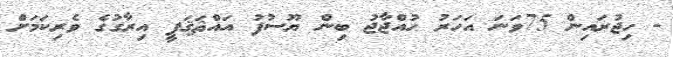
- ހިޖުރައިން 75ވަނަ އަހަރު ޙުއްޖާޖު ބިން ޔޫސުފު އައްޘަޤަފީ އިރާގުގެ ވެރިކަމަށް